Jaan_Tonisson_(Lasteleht), lk 279
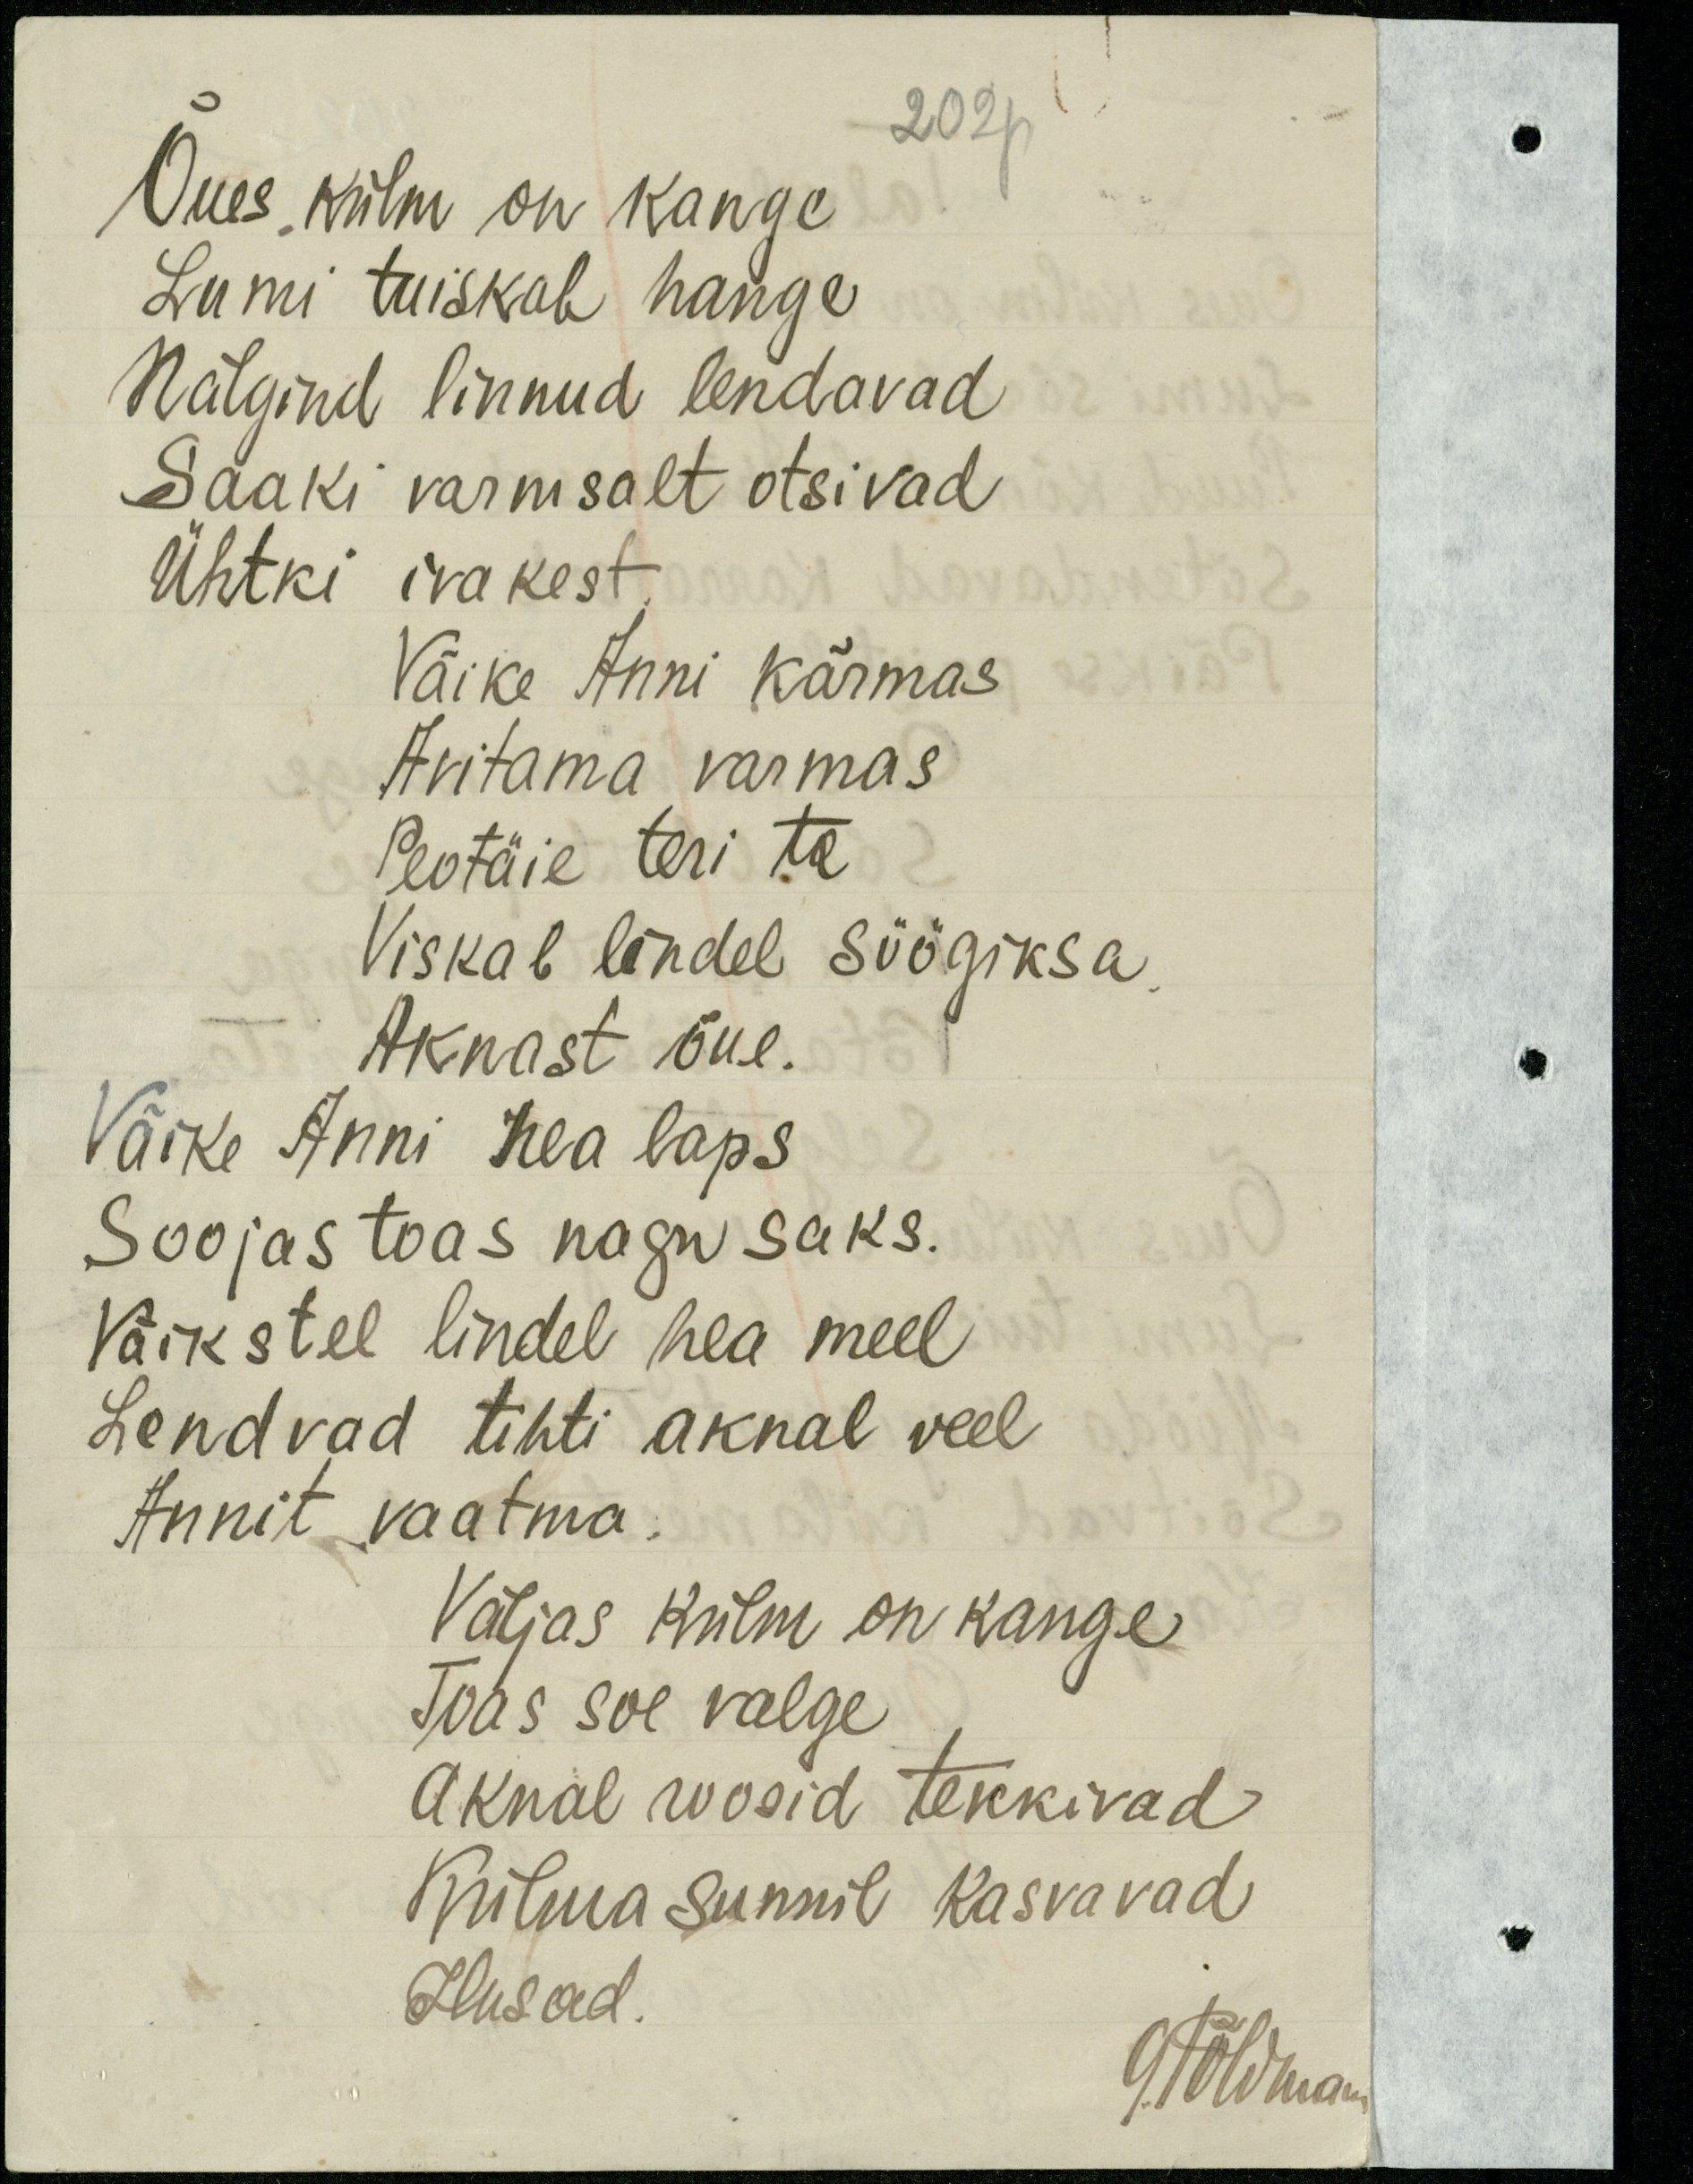
Õues külm on kange
202p
Lumi tuiskab hange
Nälgind linnud lendavad
Saaki varmsalt otsivad
Ühtki ivakest
Väike Anni kärmas
Avitama varmas
Peotäie teri ta
Viskab lindel söögiksa.
Aknast õue.
Väike Anni hea laps
Soojas toas nagu saks.
Väikstel lindel hea meel
Lendvad tihti aknal veel
Annit vaatma
Väljas külm on kange
Toas soe valge
Aknal roosid tekkivad
Külma sunnil kasvavad
Ilusad
GPõldmann